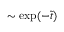
\sim \mathrm { e x p } ( - \tilde { t } )